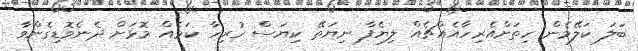
ބަލަ ކަލޭމެން ހިތަށްއެރިހާއެއްޗެއް ލިޔެފާ ނިޔަތޭ ކިޔަސް ހުރިހާ ކަމެއް މޮޅަށް ދެނެވޮޑިގެންވާ